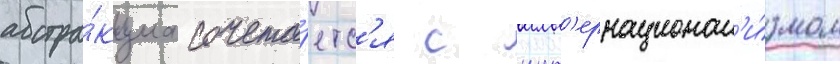
абстра́кциа сочета́етс'я с инт'ернационал'и́змом